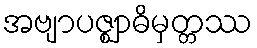
အဗျာပဇ္ဈာဓိမှတ္တဿ